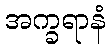
အက္ခရာနံ